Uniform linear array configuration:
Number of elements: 12
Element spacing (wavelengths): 0.75
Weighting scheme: hann
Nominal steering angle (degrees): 30
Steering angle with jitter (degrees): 30.39
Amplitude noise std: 0.05
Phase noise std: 0.05

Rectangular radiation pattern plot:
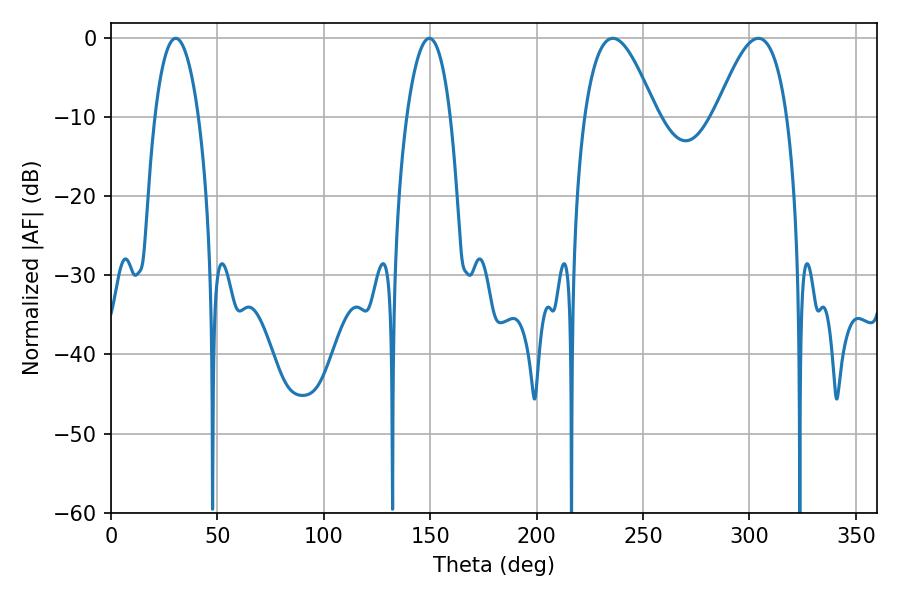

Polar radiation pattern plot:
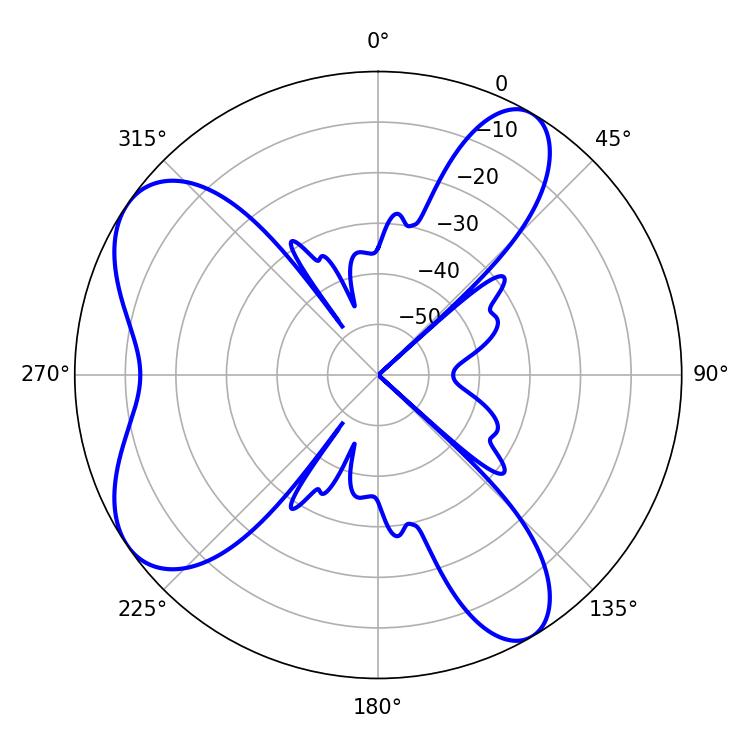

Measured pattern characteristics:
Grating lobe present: TRUE
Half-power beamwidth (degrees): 18.18
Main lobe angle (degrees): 304.2